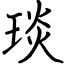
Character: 琰